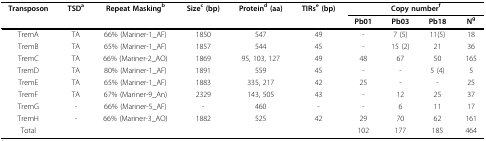
<table><thead><tr><td><b>Transposon</b></td><td><b>TSD<sup>a</sup></b></td><td><b>Repeat Masking<sup>b</sup></b></td><td><b>Size<sup>c </sup>(bp)</b></td><td><b>Protein<sup>d </sup>(aa)</b></td><td><b>TIRs<sup>e </sup>(bp)</b></td><td colspan="4"><b>Copy number<sup>f</sup></b></td></tr><tr><td></td><td></td><td></td><td></td><td></td><td></td><td><b>Pb01</b></td><td><b>Pb03</b></td><td><b>Pb18</b></td><td><b>N<sup>g</sup></b></td></tr></thead><tbody><tr><td>TremA</td><td>TA</td><td>66% (Mariner-1_AF)</td><td>1850</td><td>547</td><td>49</td><td>-</td><td>7 (5)</td><td>11(5)</td><td>18</td></tr><tr><td>TremB</td><td>TA</td><td>65% (Mariner-1_AF)</td><td>1857</td><td>544</td><td>45</td><td>-</td><td>15 (2)</td><td>21</td><td>36</td></tr><tr><td>TremC</td><td>TA</td><td>66% (Mariner-2_AO)</td><td>1869</td><td>95, 103, 127</td><td>49</td><td>48</td><td>67</td><td>50</td><td>165</td></tr><tr><td>TremD</td><td>TA</td><td>80% (Mariner-1_AF)</td><td>1891</td><td>559</td><td>45</td><td>-</td><td>-</td><td>5 (4)</td><td>5</td></tr><tr><td>TremE</td><td>TA</td><td>65% (Mariner-1_AF)</td><td>1883</td><td>335, 217</td><td>42</td><td>25</td><td>-</td><td>-</td><td>25</td></tr><tr><td>TremF</td><td>TA</td><td>67% (Mariner-9_An)</td><td>2329</td><td>143, 505</td><td>43</td><td>-</td><td>12</td><td>25</td><td>37</td></tr><tr><td>TremG</td><td>-</td><td>66% (Mariner-5_AF)</td><td>-</td><td>460</td><td>-</td><td>-</td><td>6</td><td>11</td><td>17</td></tr><tr><td>TremH</td><td>-</td><td>66% (Mariner-3_AO)</td><td>1882</td><td>525</td><td>42</td><td>29</td><td>70</td><td>62</td><td>161</td></tr><tr><td>Total</td><td></td><td></td><td></td><td></td><td></td><td>102</td><td>177</td><td>185</td><td>464</td></tr></tbody></table>